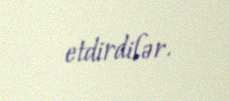
etdirdilər.